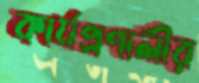
কার্যপ্রণালীর